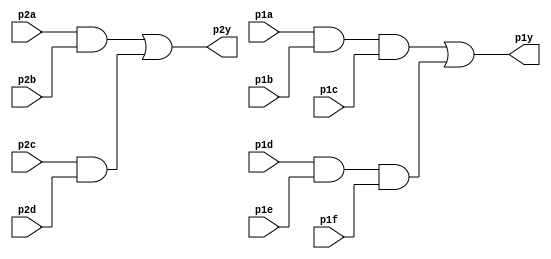
module top_module ( 
    input p1a, p1b, p1c, p1d, p1e, p1f,
    output p1y,
    input p2a, p2b, p2c, p2d,
    output p2y );
    wire p21,p22,p11,p12;
    assign p11=p1a&p1b&p1c;
    assign p12=p1d&p1e&p1f;
    assign p1y=p11|p12;
    assign p21=p2a&p2b;
    assign p22=p2c&p2d;
    assign p2y=p21|p22;


endmodule